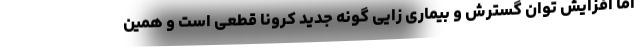
اما افزایش توان گسترش و بیماری زایی گونه جدید کرونا قطعی است و همین